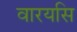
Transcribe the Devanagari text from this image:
वारयसि